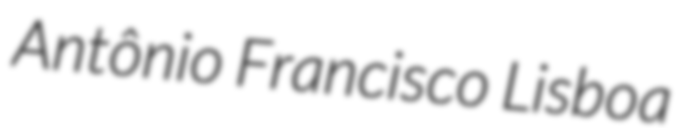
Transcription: Antônio Francisco Lisboa